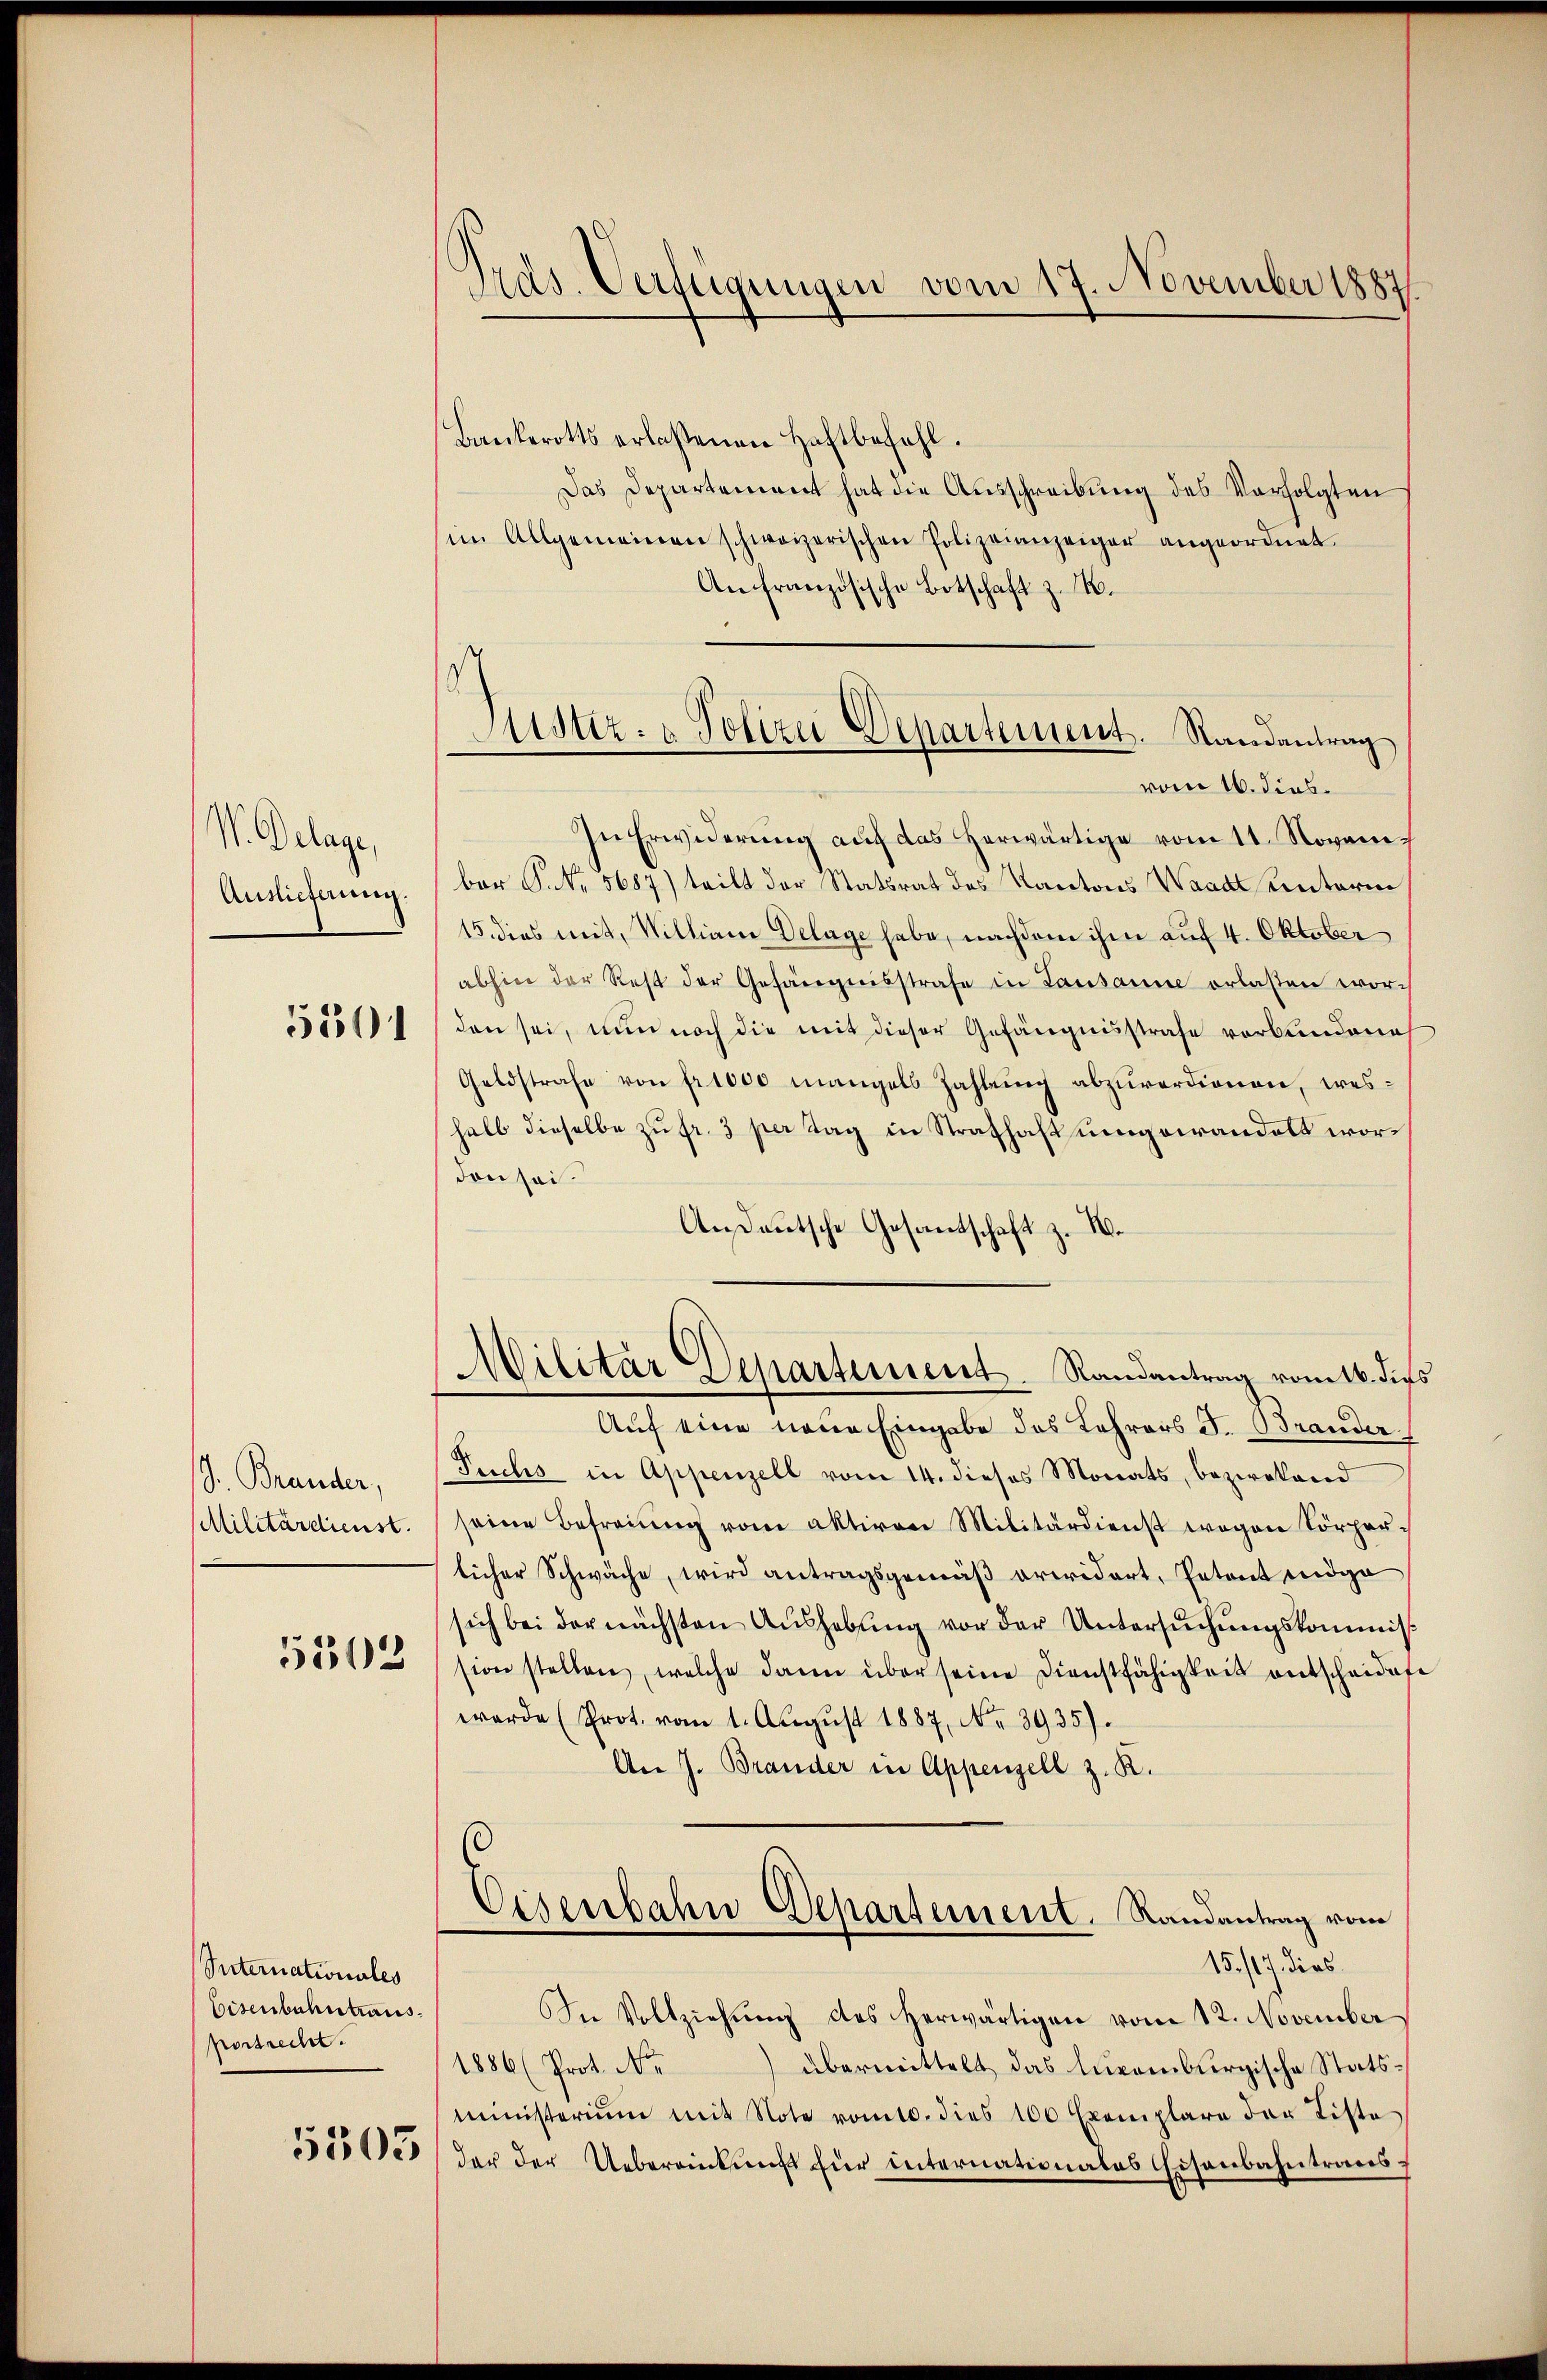
V. Delage,
Auslieferung
5501

J. Brander,
Militärdienst.

5503

Sternationales
Eisenbahntraus.
vorstrecht.

5305

Tras. Verfügungen vom 17. November 1887

Justiz- & Polizei Departement. Randantrag
vom 16. dies

Bankerotts erlaßenen Haftbefahl.
Das Departement hat die Ausschreibung des Verfolgten
im Allgemeinen schweizerischen Polizeianzeiger angeordnet.
An französische Botschaft z. 14.
In Erwiderung auf das herwärtige vom 11. Novembar P. Nr. 5687) teilt der Statsrat des Kantons Waadt unterm
15. dies mit, Willian Delage habe, nachdem ihm auf 4. Oktober
abhin der Rest der Gefängnisstrafe in Lausanne erlasten worden sei, nun noch die mit dieser Gefängnisstrafe verbundene
Geldstrafe von fr. 1000 mangels Zahlung abzuverdienen, weshalb dieselbe zŭ fr. 3 per Tag in Strafhaftungswandelt wordon sei.
Außdeutsche Gesandschaft z. We
Militar Departement. Randantrag vom 16. die
Auf eine neue Eingabe des Lehrers J. Brander
Fuchs in Appenzell vom 14. dieses Monats, bezwekend
seine Befreiung von aktiven Militärdienst wegen Körperlicher Schwäche, wird antragsgemäß arwidert, Petent endga
sich bei der nächsten Aŭshebŭng vor der Untersŭchŭngskommis
sion stellen, welche dann über seine Dienstfähigkeit entscheidet,
werde (Prot. vom 1. Aŭgŭst 1887, Nr. 3935).
An J. Brander in Appenzell z. R.
Eisenbahn-Departement. Randantrag vom
15./17. dies
In Vollziehŭng des herwärtigen vom 12. November
1886 (Prot. Nr. übermittelt das lucembergische Statsministerium mit Note romto. dies 100 Exemplare der Liste
der der Uebereinkunft für internationales Eisenbahntrans¬